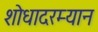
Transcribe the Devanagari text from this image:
शोधादरम्यान